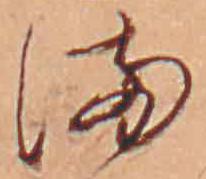
ま